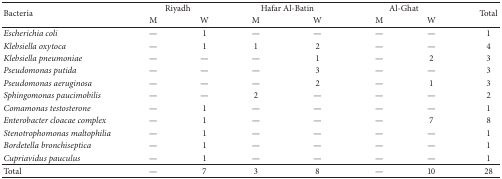
| <ROWSPAN=2> Bacteria | <COLSPAN=2> Riyadh | <COLSPAN=2> Hafar Al-Batin | <COLSPAN=2> Al-Ghat | <ROWSPAN=2> Total |
 | M | W | M | W | M | W |
 | --- | --- | --- | --- | --- | --- | --- | --- |
 | Escherichia coli | — | 1 | — | — | — | — | 1 |
 | Klebsiella oxytoca | — | 1 | 1 | 2 | — | — | 4 |
 | Klebsiella pneumoniae | — | — | — | 1 | — | 2 | 3 |
 | Pseudomonas putida | — | — | — | 3 | — | — | 3 |
 | Pseudomonas aeruginosa | — | — | — | 2 | — | 1 | 3 |
 | Sphingomonas paucimobilis | — | — | 2 | — | — | — | 2 |
 | Comamonas testosterone | — | 1 | — | — | — | — | 1 |
 | Enterobacter cloacae complex | — | 1 | — | — | — | 7 | 8 |
 | Stenotrophomonas maltophilia | — | 1 | — | — | — | — | 1 |
 | Bordetella bronchiseptica | — | 1 | — | — | — | — | 1 |
 | Cupriavidus pauculus | — | 1 | — | — | — | — | 1 |
 | Total | — | 7 | 3 | 8 | — | 10 | 28 |